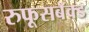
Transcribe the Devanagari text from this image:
रुफूसबॅक्ड